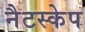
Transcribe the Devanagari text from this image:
नैटस्केप